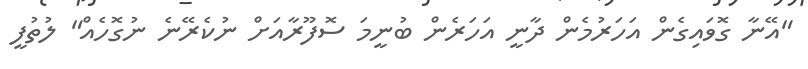
"އޭނާ ގޮވައިގެން އަހަރުމެން ދާނީ އަހަރެން ބުނީމަ ސޮފޫރާއަށް ނުކެރޭނެ ނުގޮހެއް" ލުތުފީ